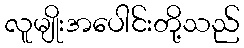
လူမျိုးအပေါင်းတို့သည်